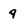
Character: q